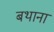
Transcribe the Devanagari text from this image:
बथाना